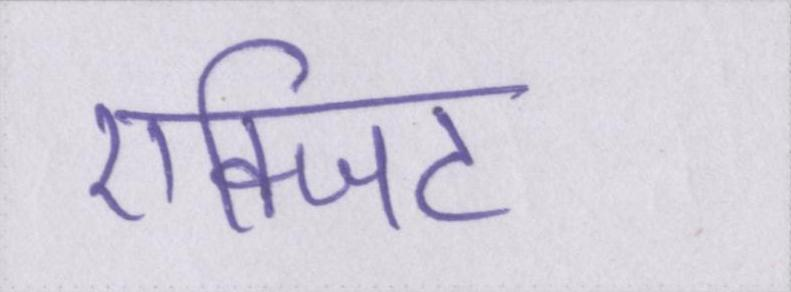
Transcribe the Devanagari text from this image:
एक्जिट